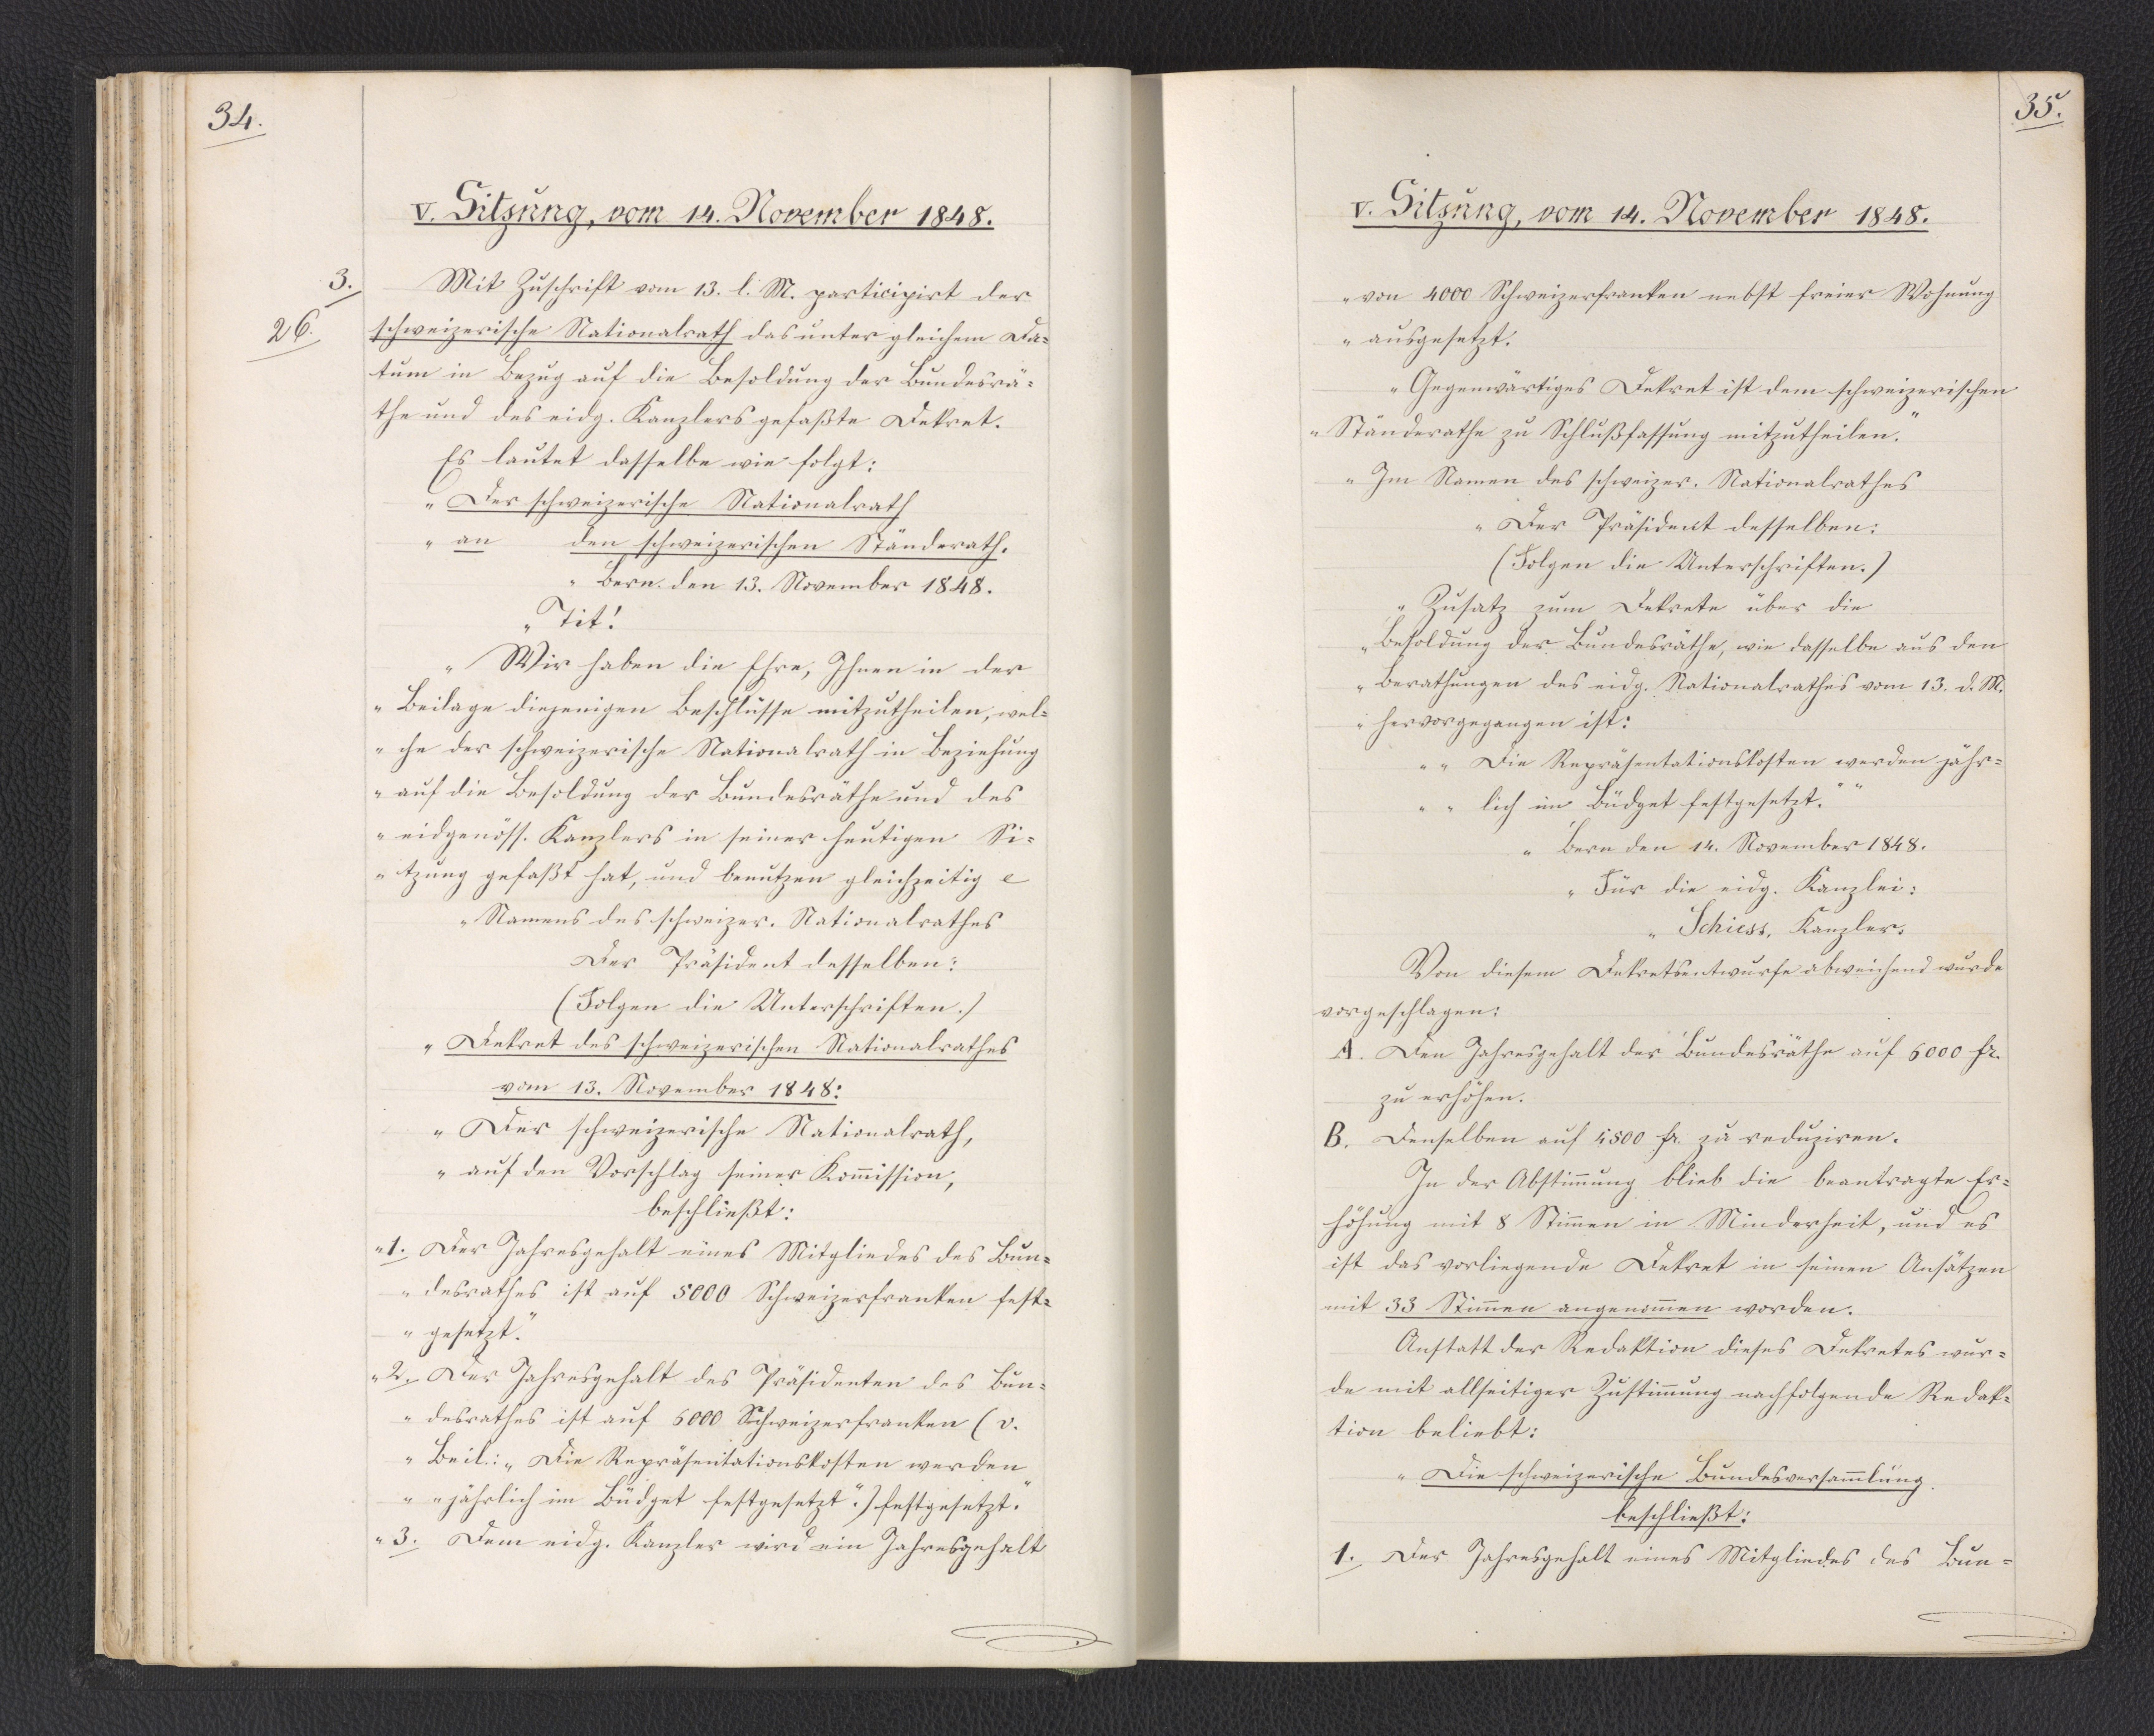
34.

V. Sitzung, vom 14. November 1848.

Mit Zuschrift vom 13. l. M. participirt der
schweizerische Nationalrath das unter gleichem Da¬
tum in Bezug auf die Besoldung der Bundesrä¬
the und des eidg. Kanzlers gefaßte Dekret.
Es lautet dasselbe wie folgt:
"Der schweizerische Nationalrath
an den schweizerischen Ständerath.
Bern, den 13. November 1848.
Tit!
Wir haben die Ehre, Ihnen in der
Beilage diejenigen Beschlüsse mitzutheilen, wel¬
che der schweizerische Nationalrath in Beziehung
auf die Besoldung der Bundesräthe und des
eidgenöss. Kanzlers in seiner heutigen Si¬
tzung gefaßt hat, und benutzen gleichzeitig etc.
Namens des schweizer. Nationalrathes
Der Präsident desselben:"
(Folgen die Unterschriften.)
"Dekret des schweizerischen Nationalrathes
vom 13. November 1848:
Der schweizerische Nationalrath,
auf den Vorschlag seiner Kommission,
beschließt:
1. Der Jahresgehalt eines Mitgliedes des Bun¬
desrathes ist auf 5000 Schweizerfranken fest¬
gesetzt.
2. Der Jahresgehalt des Präsidenten des Bun¬
desrathes ist auf 6000 Schweizerfranken (v.
Beil. "Die Repräsentationskosten werden
jährlich im Büdget festgesetzt.") festgesetzt.
3. Dem eidg. Kanzler wird ein Jahresgehalt

3.
26.

35.

V. Sitzung, vom 14. November 1848.

von 4000 Schweizerfranken nebst freier Wohnung
ausgesetzt.
Gegenwärtiges Dekret ist dem schweizerischen
Ständerathe zu Schlußfassung mitzutheilen.
Im Namen des schweizer. Nationalrathes
Der Präsident desselben."
(Folgen die Unterschriften.)
"Zusatz zum Dekrete über die
Besoldung der Bundesräthe, wie dasselbe aus den
Berathungen des eidg. Nationalrathes vom 13. d. M.
hervorgegangen ist:
"Die Repräsentationskosten werden jähr¬
lich im Büdget festgesetzt."
Bern den 14. November 1848.
Für die eidg. Kanzlei:
Schiess, Kanzler."
Von diesem Dekretsentwurfe abweichend wurde
vorgeschlagen:
A. Den Jahresgehalt der Bundesräthe auf 6000 Fr.
zu erhöhen.
B. Denselben auf 4500 Fr. zu reduziren.
In der Abstimmung blieb die beantragte Er¬
höhung mit 8 Stimmen in Minderheit, und es
ist das vorliegende Dekret in seinen Ansätzen
mit 33 Stimmen angenommen worden.
Anstatt der Redaktion dieses Dekretes wur¬
de mit allseitiger Zustimmung nachfolgende Redak¬
tion beliebt:
"Die schweizerische Bundesversammlung
beschließt:
1. Der Jahresgehalt eines Mitgliedes des Bun¬